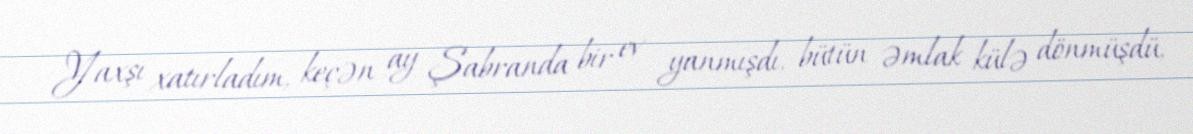
Yaxşı xatırladım, keçən ay Şabranda bir ev yanmışdı, bütün əmlak külə dönmüşdü,